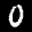
Label: 0